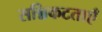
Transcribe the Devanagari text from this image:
सन्निकटताएँ